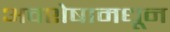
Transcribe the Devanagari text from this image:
अवशेषामधून